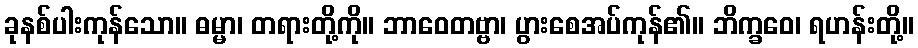
ခုနစ်ပါးကုန်သော။ ဓမ္မာ၊ တရားတို့ကို။ ဘာဝေတဗ္ဗာ၊ ပွားစေအပ်ကုန်၏။ ဘိက္ခဝေ၊ ရဟန်းတို့။